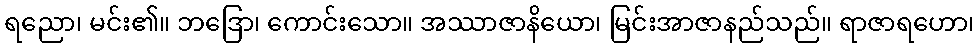
ရညော၊ မင်း၏။ ဘဒြော၊ ကောင်းသော။ အဿာဇာနိယော၊ မြင်းအာဇာနည်သည်။ ရာဇာရဟော၊